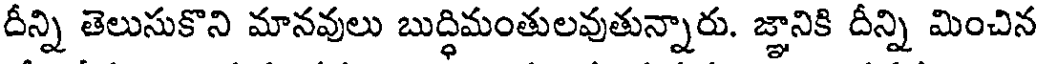
దీన్ని తెలుసుకొని మానవులు బుద్ధిమంతులవుతున్నారు. జ్ఞానికి దీన్ని మించిన